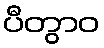
ပီတွာဝ